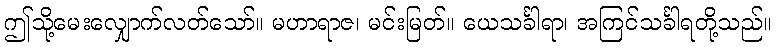
ဤသို့မေးလျှောက်လတ်သော်။ မဟာရာဇ၊ မင်းမြတ်။ ယေသင်္ခါရာ၊ အကြင်သင်္ခါရတို့သည်။